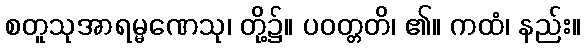
စတူသုအာရမ္မဏေသု၊ တို့၌။ ပဝတ္တတိ၊ ၏။ ကထံ၊ နည်း။